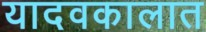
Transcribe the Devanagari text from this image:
यादवकालात